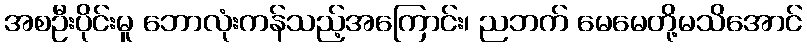
အစဦးပိုင်းမူ ဘောလုံးကန်သည့်အကြောင်း၊ ညဘက် မေမေတို့မသိအောင်